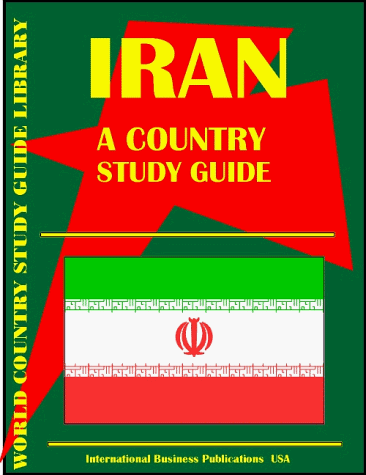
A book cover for Iran Country Study Guide (World Country Study Guide; Ibp Usa; Travel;